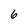
Character: 6